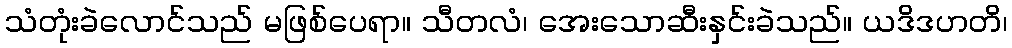
သံတုံးခဲလောင်သည် မဖြစ်ပေရာ။ သီတလံ၊ အေးသောဆီးနှင်းခဲသည်။ ယဒိဒဟတိ၊